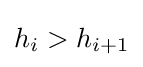
h_{i}>h_{i+1}